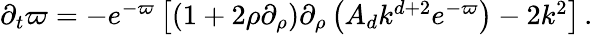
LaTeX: \begin{array}{r}{\partial_{t}\varpi=-e^{-\varpi}\left[(1+2\rho\partial_{\rho})\partial_{\rho}\left(A_{d}k^{d+2}e^{-\varpi}\right)-2k^{2}\right]\, .}\end{array}